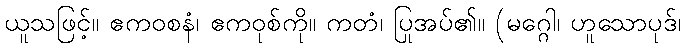
ယူသဖြင့်။ ဧကဝစနံ၊ ဧကဝုစ်ကို။ ကတံ၊ ပြုအပ်၏။ (မဂ္ဂေါ၊ ဟူသောပုဒ်၊